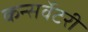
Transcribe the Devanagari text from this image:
कन्सर्वेटरी